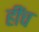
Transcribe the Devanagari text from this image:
हींच